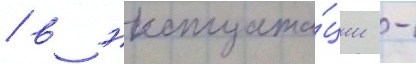
/ в эксплуата́ции -